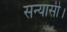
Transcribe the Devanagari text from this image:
सन्यासी।